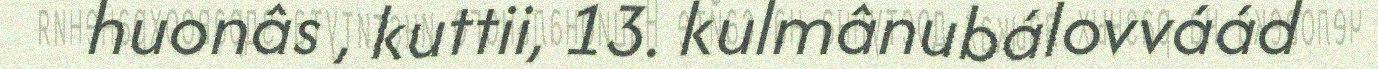
huonâs , kuttii, 13. kulmânubálovváád